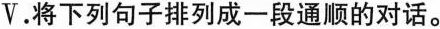
Ⅴ.将下列句子排列成一段通顺的对话.